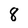
Character: 8